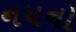
નયનો